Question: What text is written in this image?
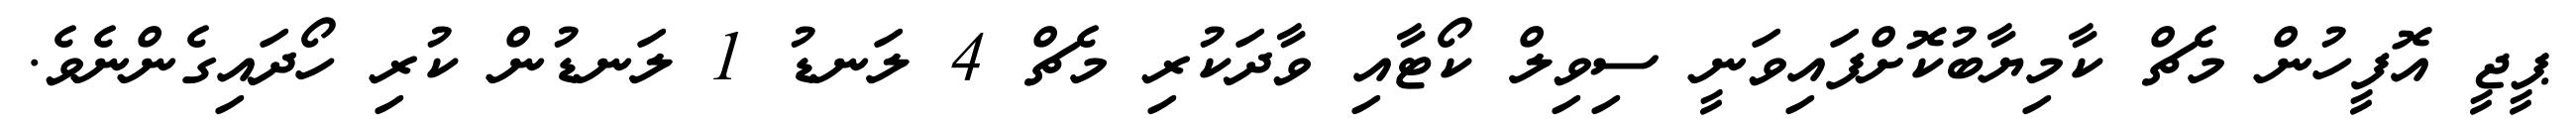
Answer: ޕީޖީ އޮފީހުން މެޗް ކާމިޔާބުކޮށްފައިވަނީ ސިވިލް ކޯޓާއި ވާދަކުރި މެޗް 4 ލަނޑު 1 ލަނޑުން ކުރި ހޯދައިގެންނެވެ.